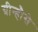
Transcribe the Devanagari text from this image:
ग्रीन्हौसे